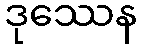
ဒုဿေန